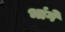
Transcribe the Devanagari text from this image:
भांगे